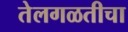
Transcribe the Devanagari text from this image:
तेलगळतीचा